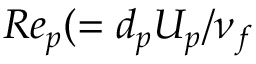
R e _ { p } ( = d _ { p } U _ { p } / \nu _ { f }